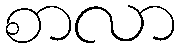
စာလာ